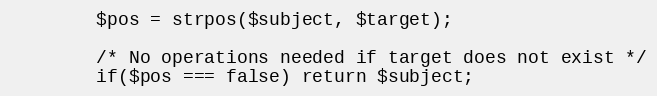
Language: PHP
        $pos = strpos($subject, $target);

        /* No operations needed if target does not exist */
        if($pos === false) return $subject;